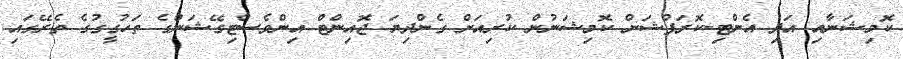
ކޮމިޝަނާއި އަދި އެންޓި-ކޮރަޕްޝަން ކޮމިޝަނުން ކުރިއަށް ގެންދިޔަ ޖޮއިންޓް އިންވެސްޓިގޭޝަންގެ ތަހުގީގުގެ ތެރޭގައި